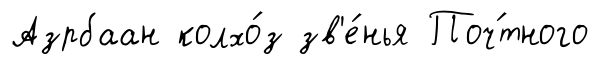
Азрбаан колхо́з зв'е́нья Поч́тного